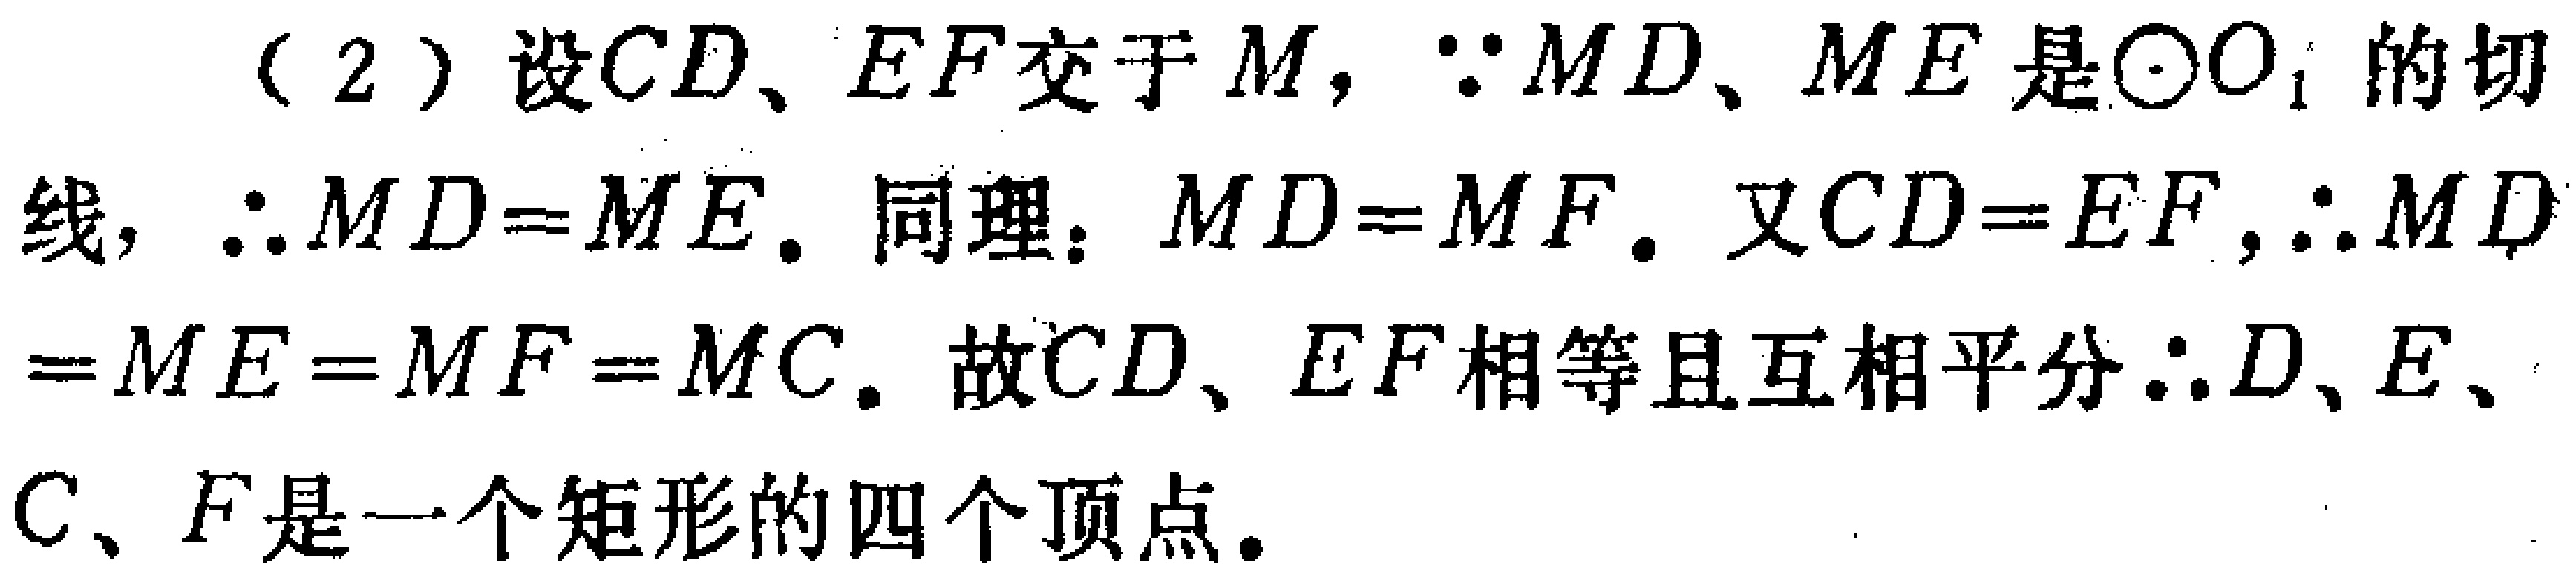
(2) 设 \(CD\)、\(EF\) 交于 \(M\)，\(\because MD\)、\(ME\) 是\(\odot O_{1}\) 的切线，\(\therefore MD = ME\)。同理：\(MD = MF\)。又 \(CD = EF\)，\(\therefore MD=ME = MF = MC\)。故 \(CD\)、\(EF\) 相等且互相平分 \(\therefore D\)、\(E\)、\(C\)、\(F\) 是一个矩形的四个顶点。